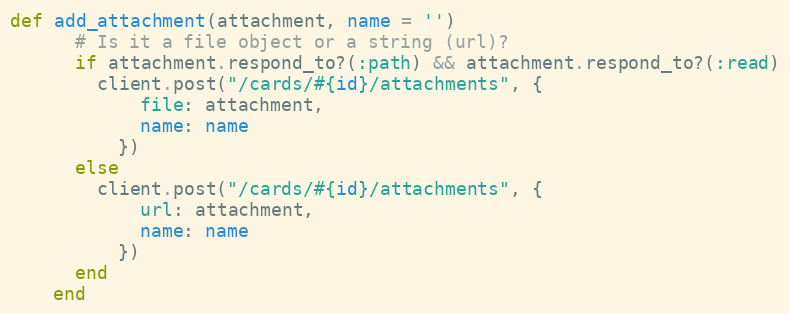
Language: Ruby
def add_attachment(attachment, name = '')
      # Is it a file object or a string (url)?
      if attachment.respond_to?(:path) && attachment.respond_to?(:read)
        client.post("/cards/#{id}/attachments", {
            file: attachment,
            name: name
          })
      else
        client.post("/cards/#{id}/attachments", {
            url: attachment,
            name: name
          })
      end
    end